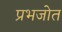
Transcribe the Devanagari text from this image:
प्रभजोत